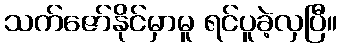
သက်ဇော်နိုင်မှာမူ ရင်ပူခဲ့လှပြီ။